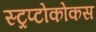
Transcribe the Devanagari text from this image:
स्ट्रप्टोकोकस